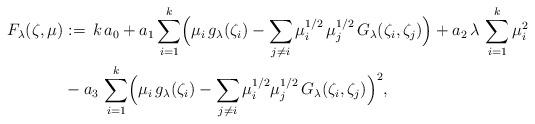
LaTeX: \begin{align*}F_\lambda(\zeta,\mu)&:=\,k\,a_0+a_1\sum_{i=1}^k\Bigl(\mu_i\,g_{\lambda}(\zeta_i)-\sum_{j\neq i}\mu_i^{1/2}\,\mu_j^{1/2}\,G_{\lambda}(\zeta_i,\zeta_j)\Bigr)+a_2\,\lambda\,\sum_{i=1}^k \mu_i^2\\&-a_3\,\sum_{i=1}^k\Bigl(\mu_i\,g_{\lambda}(\zeta_i)-\sum_{j\neq i}\mu_i^{1/2}\mu_j^{1/2}\,G_{\lambda}(\zeta_i,\zeta_j)\Bigr)^2 ,\end{align*}